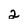
Character: 2